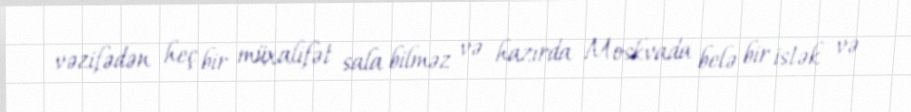
vəzifədən heç bir müxalifət sala bilməz və hazırda Moskvada belə bir istək və